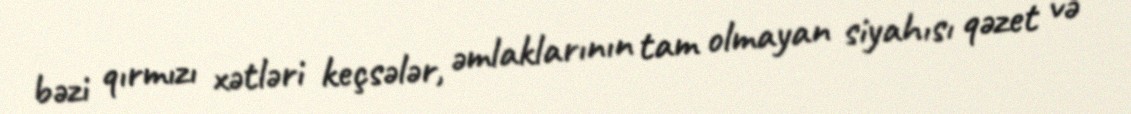
bəzi qırmızı xətləri keçsələr, əmlaklarının tam olmayan siyahısı qəzet və